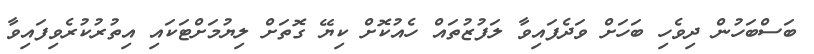
ބަސްބަހުން ދިވެހި ބަހަށް ވަދެފައިވާ ލަފުޒުތައް ހެއުކޮށް ކިޔޭ ގޮތަށް ލިޔުމަށްޓަކައި އިތުރުކުރެވިފައިވާ